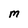
Character: M